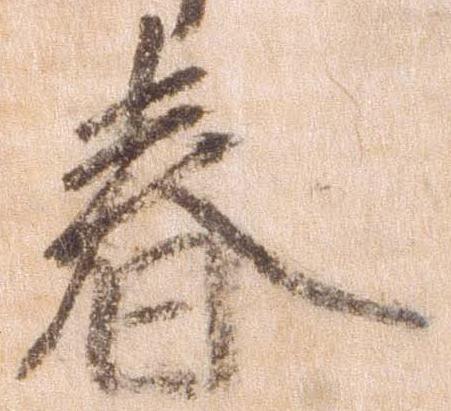
春